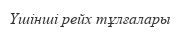
Үшінші рейх тұлғалары